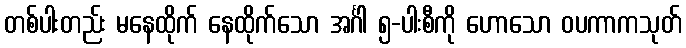
တစ်ပါးတည်း မနေထိုက် နေထိုက်သော အင်္ဂါ ၅-ပါးစီကို ဟောသော ဝပကာကသုတ်